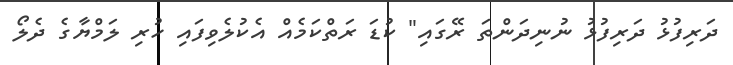
ދަރިފުޅު ދަރިފުޅު ނުނިދަންތަ ރޭގައި" ކުޑަ ރަތްކަމެއް އެކުލެވިފައި ހުރި ލަމްޔާގެ ދެލޯ